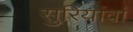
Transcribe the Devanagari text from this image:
सुरियांवां